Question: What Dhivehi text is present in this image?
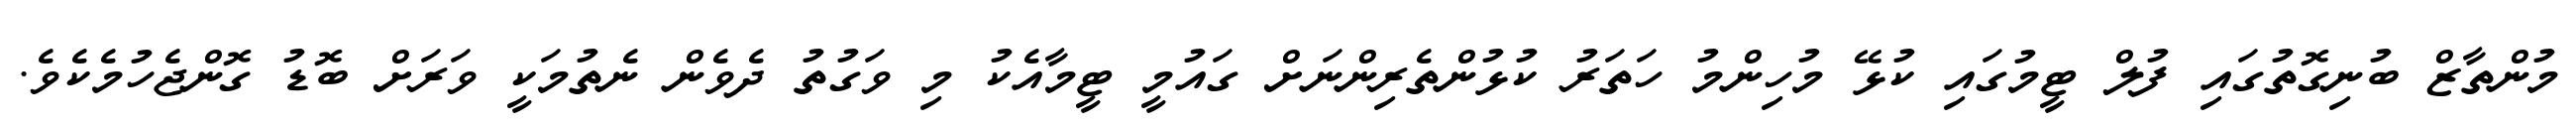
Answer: މުންތާޒް ބުނިގޮތުގައި ފުލް ޓީމުގައި ކުޅޭ މުހިންމު ހަތަރު ކުޅުންތެރިންނަށް ގައުމީ ޓީމާއެކު މި ވަގުތު ދެވެން ނެތުމަކީ ވަރަށް ބޮޑު ގޮންޖެހުމެކެވެ.